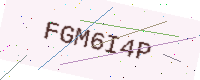
Text: FGM6I4P